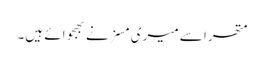
متھرا سے میری مسز نے بھجوائے ہیں۔